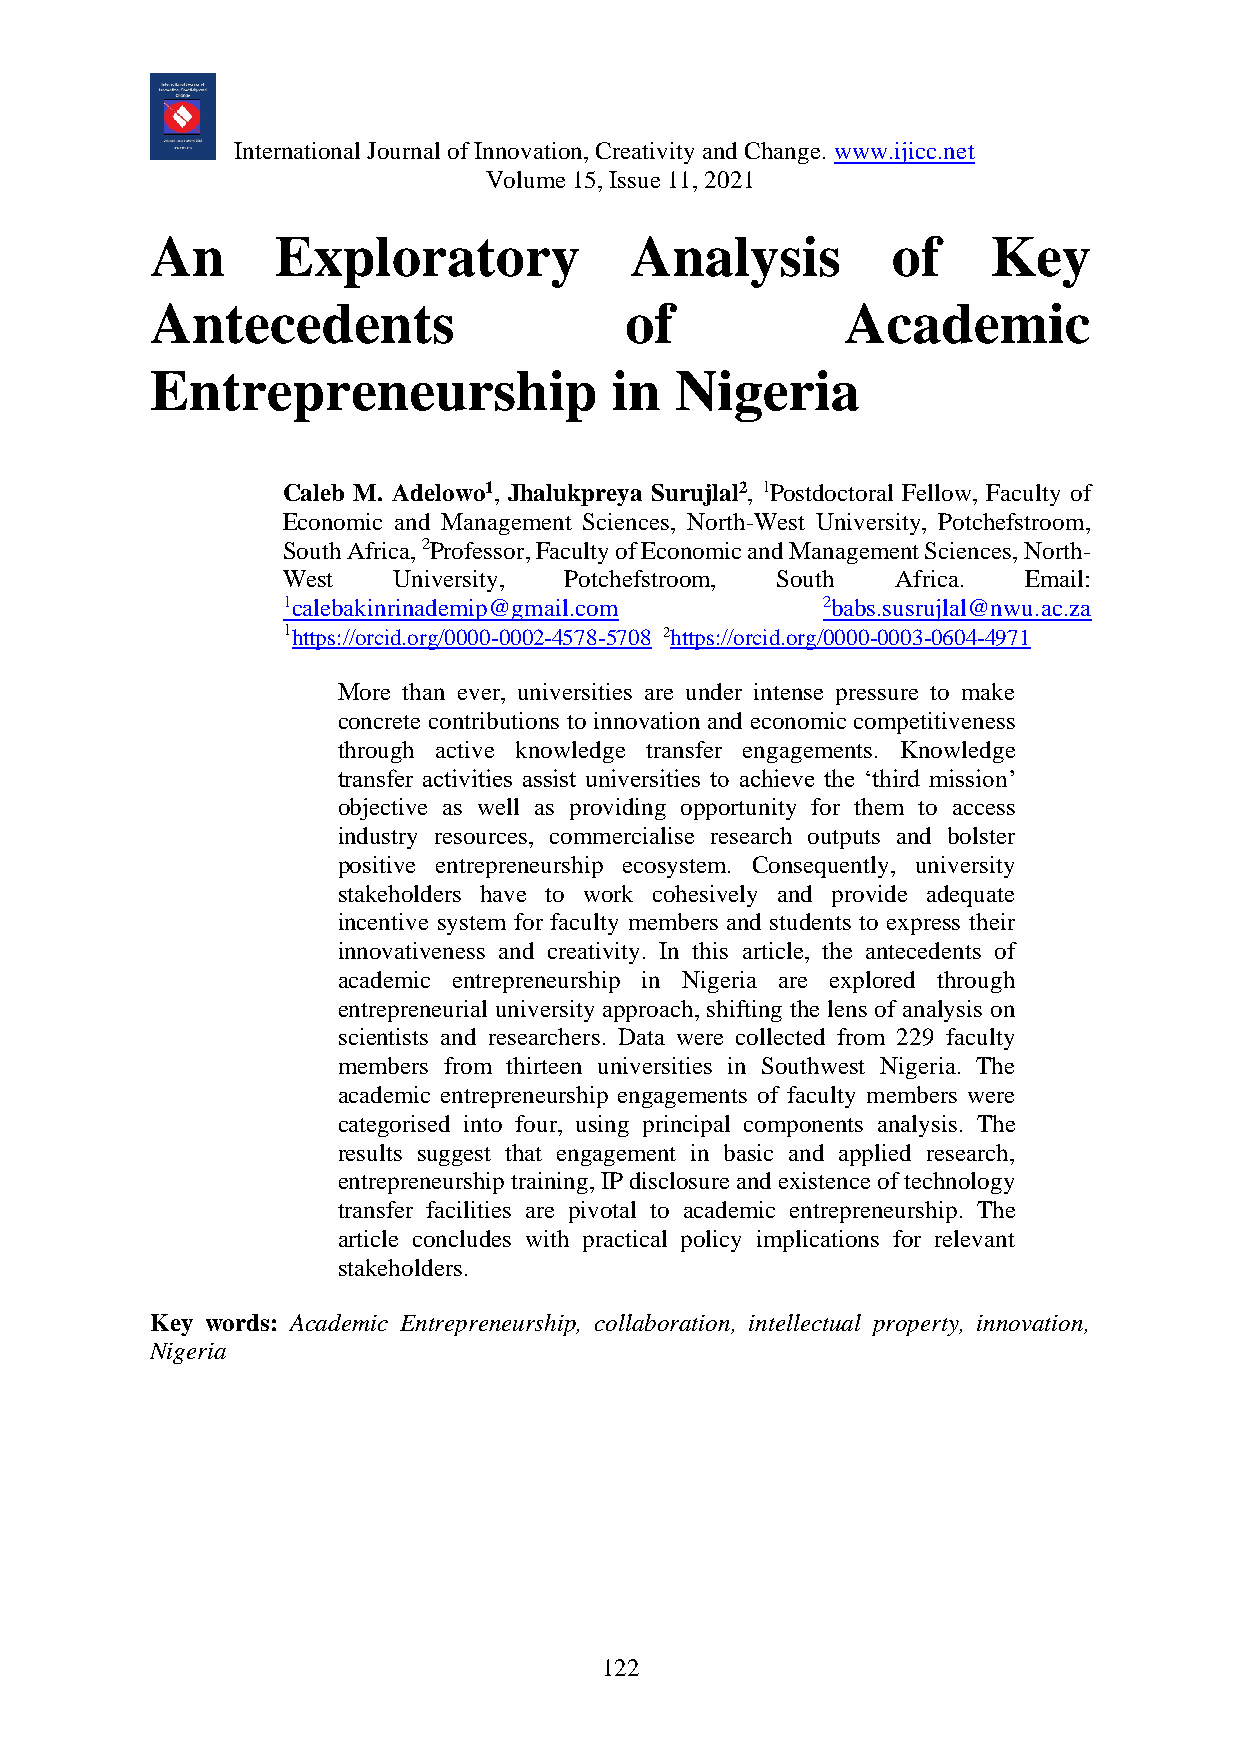
International Journal of Innovation, Creativity and Change. www.ijicc.net
 Volume 15, Issue 11, 2021
 An      Exploratory             Analysis         of     Key
 Antecedents                    of             Academic
 Entrepreneurship              in   Nigeria
 Caleb M. Adelowo1, Jhalukpreya Surujlal2, 1Postdoctoral Fellow, Faculty of
 Economic and Management Sciences, North-West University, Potchefstroom,
 South Africa, 2Professor, Faculty of Economic and Management Sciences, North-
 West   University, Potchefstroom, South Africa.  Email:
 1calebakinrinademip@gmail.com      2babs.susrujlal@nwu.ac.za
 1https://orcid.org/0000-0002-4578-5708 2https://orcid.org/0000-0003-0604-4971
 More than ever, universities are under intense pressure to make
 concrete contributions to innovation and economic competitiveness
 through active knowledge transfer engagements. Knowledge
 transfer activities assist universities to achieve the ‘third mission’
 objective as well as providing opportunity for them to access
 industry resources, commercialise research outputs and bolster
 positive entrepreneurship ecosystem. Consequently, university
 stakeholders have to work cohesively and provide adequate
 incentive system for faculty members and students to express their
 innovativeness and creativity. In this article, the antecedents of
 academic entrepreneurship in Nigeria are explored through
 entrepreneurial university approach, shifting the lens of analysis on
 scientists and researchers. Data were collected from 229 faculty
 members from thirteen universities in Southwest Nigeria. The
 academic entrepreneurship engagements of faculty members were
 categorised into four, using principal components analysis. The
 results suggest that engagement in basic and applied research,
 entrepreneurship training, IP disclosure and existence of technology
 transfer facilities are pivotal to academic entrepreneurship. The
 article concludes with practical policy implications for relevant
 stakeholders.
 Key words: Academic Entrepreneurship, collaboration, intellectual property, innovation,
 Nigeria
 122